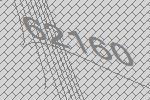
62160